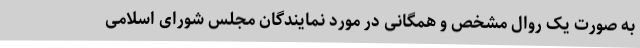
به صورت یک روال مشخص و همگانی در مورد نمایندگان مجلس شورای اسلامی